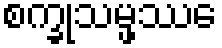
စက္ခုသမ္ဖဿေ